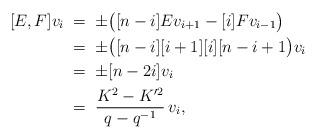
LaTeX: \begin{align*}[E,F]v_i & \; =\; \pm \big( [n-i] Ev_{i+1}-[i] Fv_{i-1} \big)\\& \;=\; \pm \big( [n-i] [i+1] [i] [n-i+1\big) v_{i} \\& \;=\; \pm [n-2i] v_{i} \\&\; = \; \frac{K^2-K'^2}{q-q^{-1}} \, v_i ,\end{align*}